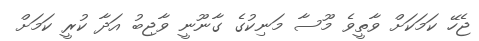
ޖެހޭ ކަމަކަށް ވާތީވެ މޫސާ މަނިކުގެ ގާނޫނީ ވާޖިބު އަދާ ކުރީ ކަމަށް